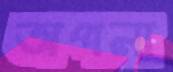
অপনা